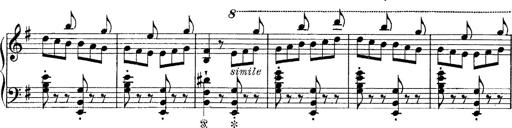
Title: Tarantelle di bravura dâ€™aprÃ¨s la tarantelle de La muette de Portici
Composer: Franz Liszt